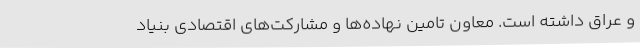
و عراق داشته است. معاون تامین نهاده‌ها و مشارکت‌های اقتصادی بنیاد